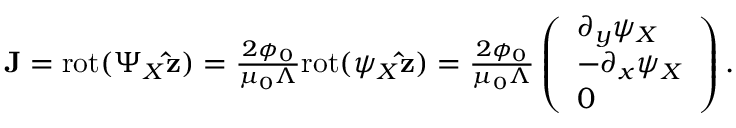
\begin{array} { r } { { \bf J } = \mathrm { r o t } ( \Psi _ { X } { \bf \hat { z } } ) = \frac { 2 \phi _ { 0 } } { \mu _ { 0 } \Lambda } \mathrm { r o t } ( \psi _ { X } { \bf \hat { z } } ) = \frac { 2 \phi _ { 0 } } { \mu _ { 0 } \Lambda } \left( \begin{array} { l } { \partial _ { y } \psi _ { X } } \\ { - \partial _ { x } \psi _ { X } } \\ { 0 } \end{array} \right) . } \end{array}